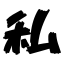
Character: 私